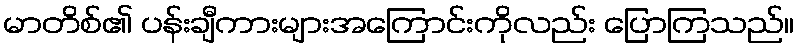
မာတိစ်၏ ပန်းချီကားများအကြောင်းကိုလည်း ပြောကြသည်။